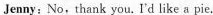
Jenny:No,thank you.I'd like a pie.